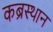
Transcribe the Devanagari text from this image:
कब्रस्थान